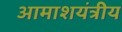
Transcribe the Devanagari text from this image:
आमाशयंत्रीय